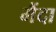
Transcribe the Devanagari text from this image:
मैंदा